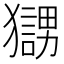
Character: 𤢰